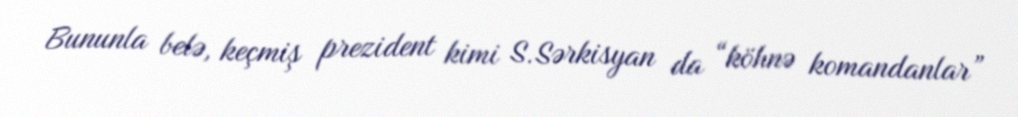
Bununla belə, keçmiş prezident kimi S.Sərkisyan da “köhnə komandanlar”